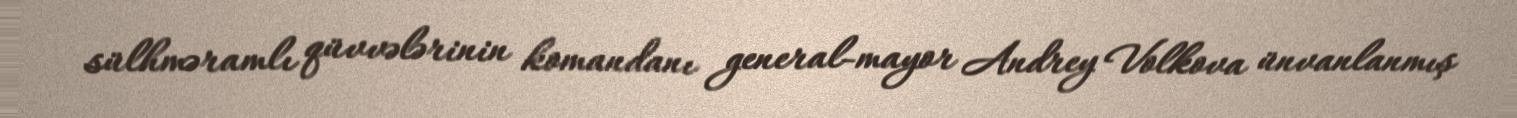
sülhməramlı qüvvələrinin komandanı general-mayor Andrey Volkova ünvanlanmış